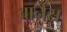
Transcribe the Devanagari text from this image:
बार्नस